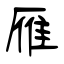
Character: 雁